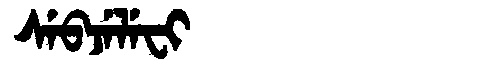
Manchu: ᠰᡝᠪᠵᡝᠯᡝᠸᡳ
Romanization: SEBJELEFI